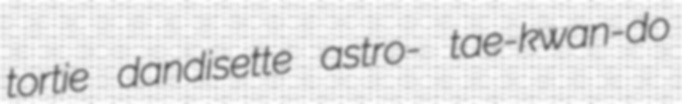
tortie dandisette astro- tae-kwan-do